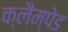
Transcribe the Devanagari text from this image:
क्लैम्पेड